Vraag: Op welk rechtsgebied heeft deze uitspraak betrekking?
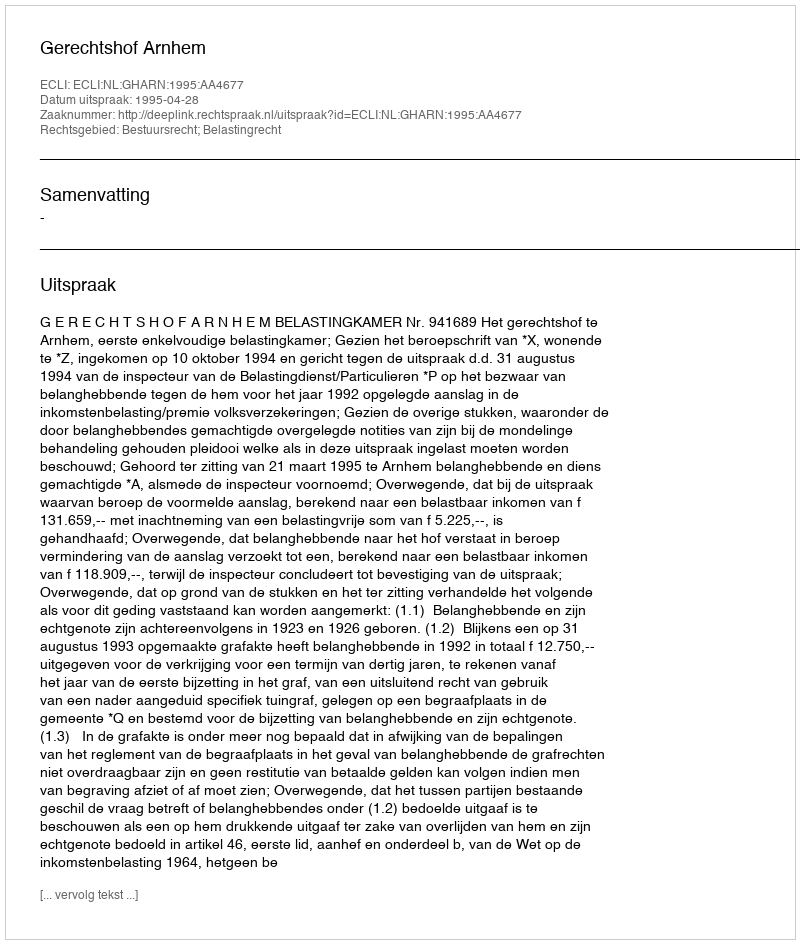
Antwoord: Bestuursrecht; Belastingrecht